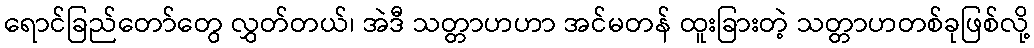
ရောင်ခြည်တော်တွေ လွှတ်တယ်၊ အဲဒီ သတ္တာဟဟာ အင်မတန် ထူးခြားတဲ့ သတ္တာဟတစ်ခုဖြစ်လို့